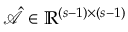
\hat { \mathcal { A } } \in \mathbb { R } ^ { ( s - 1 ) \times ( s - 1 ) }